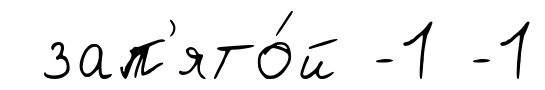
зап'ято́й -1 -1